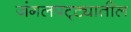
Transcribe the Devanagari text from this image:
जंगलपट्ट्यातील